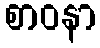
စာဝနာ